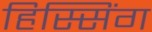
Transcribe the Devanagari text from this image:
हिस्सिंग